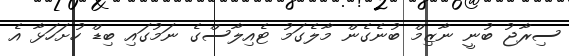
ސިރާޖު ބުނީ ނާޒިމް ބުނެގެން މާލެގަމު ޓެއިލާސްގެ ނަމުގައި ބިޑް ހުށަހަޅާ އެ